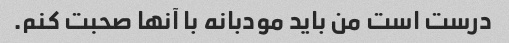
درست است من باید مودبانه با آنها صحبت کنم.